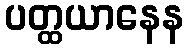
ပတ္ထယာနေန